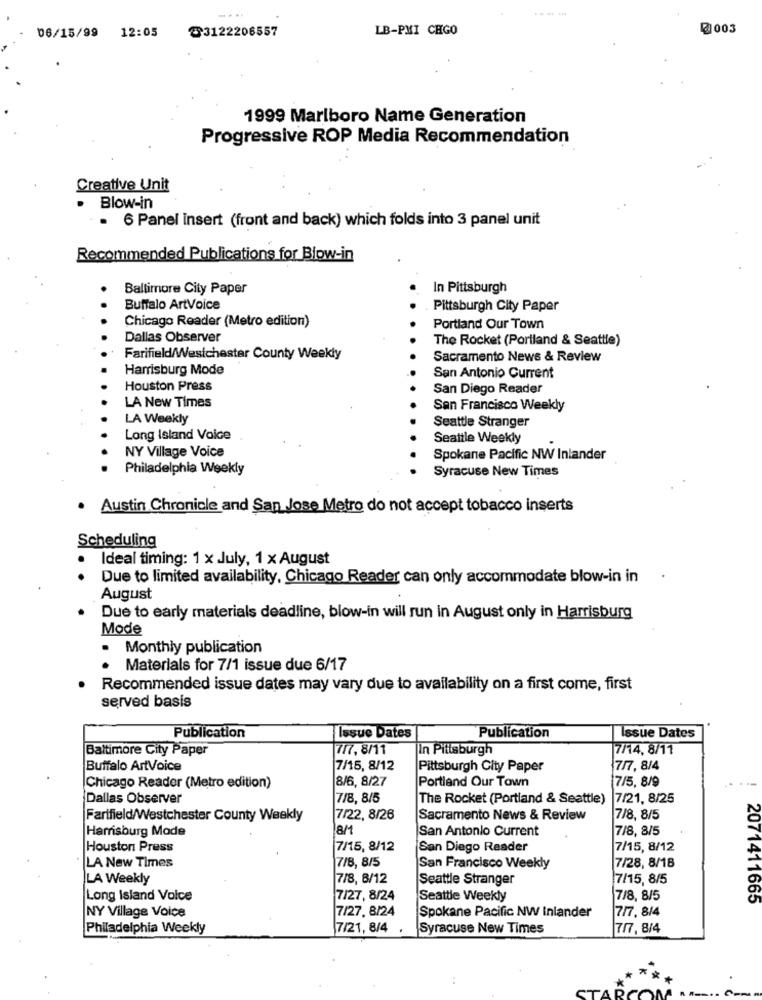
06/15/99
12:05
23122206557
LB-PMI CHGO
@003
1999 Marlboro Name Generation
Progressive ROP Media Recommendation
Creative Unit
Blow-in
· 6 Panel insert (front and back) which folds into 3 panel unit
Recommended Publications for Blow-in
Baltimore City Paper
In Pittsburgh
Buffalo ArtVoice
Pittsburgh City Paper
Chicago Reader (Metro edition)
Portland Our Town
Dallas Observer
The Rocket (Portland & Seattle)
Farifield/Westchester County Weekly
Sacramento News & Review
Harrisburg Mode
San Antonio Current
Houston Press
San Diego Reader
LA New Times
San Francisco Weekly
LA Weekly
Seattle Stranger
Long Island Voice
Seattle Weekly
NY Village Voice
Spokane Pacific NW Inlander
Philadelphia Weekly
Syracuse New Times
. Austin Chronicle and San Jose Metro do not accept tobacco inserts
Scheduling
Ideal timing: 1 x July, 1 x August
Due to limited availability, Chicago Reader can only accommodate blow-in in
August
Due to early materials deadline, blow-in will run in August only in Harrisburg
Mode
.
Monthly publication
Materials for 7/1 issue due 6/17
Recommended issue dates may vary due to availability on a first come, first
served basis
Publication
Issue Dates
Publication
Issue Dates
Baltimore City Paper
7/7,8/11
In Pittsburgh
7/14, 8/11
Buffalo ArtVoice
7/15, 8/12
Pittsburgh City Paper
7/7, 8/4
8/6, 8/27
Portland Our Town
7/5, 8/9
Chicago Reader (Metro edition)
Dallas Observer
7/8, 8/5
The Rocket (Portland & Seattle) 7/21, 8/25
Farifield/Westchester County Weekly
7/22, 8/26
Sacramento News & Review
7/8, 8/5
Harrisburg Mode
8/1
San Antonio Current
7/8, 8/5
Houston Press
7/15, 8/12
San Diego Reader
7/15, 8/12
7/8, 8/5
LA New Times
San Francisco Weekly
7/28, 8/18
LA Weekly
7/8, 8/12
Seattle Stranger
7/15, 8/5
Long Island Voice
7/27, 8/24
Seattle Weekly
7/8, 8/5
2071411665
NY Village Voice
7/27. 8/24
7/7, 8/4
Spokane Pacific NW Inlander
Philadelphia Weekly
7/21, 8/4
Syracuse New Times
7/7, 8/4